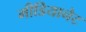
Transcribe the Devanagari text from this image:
मीडियानेट